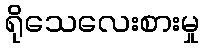
ရိုသေလေးစားမှု